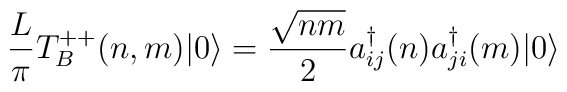
\frac{L}{\pi}T^{++}_B(n,m) | 0 \rangle = {\sqrt{n m} \over 2}    a^\dagger_{ij}(n) a^\dagger_{ji} (m)| 0\rangle